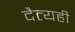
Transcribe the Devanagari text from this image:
दैत्यही